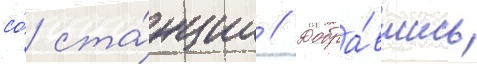
со́ ста́нции // Добра́вшись